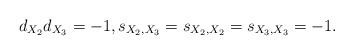
LaTeX: \begin{align*}d_{X_2}d_{X_3}=-1, s_{X_2,X_3}=s_{X_2,X_2}=s_{X_3,X_3}=-1.\end{align*}